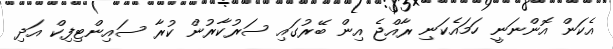
އެކަން އޮންނަނީ ހަމައެކަނި ރާއްޖެ އިން ބޭރުގައި ސަރުކާރުން ކުރާ ސައިންޓިފިކް އަދި